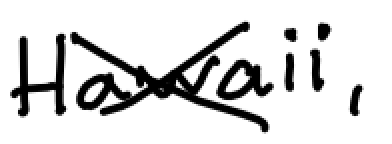
Text: Hawaii,
Cross-out: mix
Writing tool: digital_black